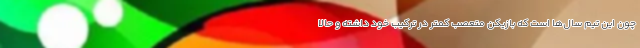
چون این تیم سال‌ها است که بازیکن متعصب کمتر در ترکیب خود داشته و حالا